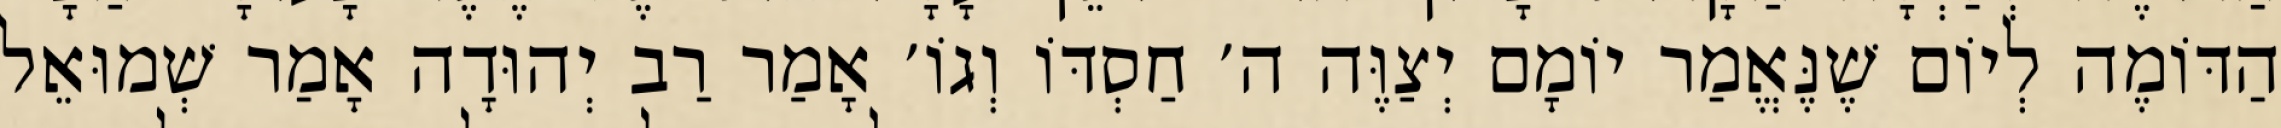
הַדּוֹמֶה לְיוֹם שֶׁנֶּאֱמַר יוֹמָם יְצַוֶּה ה׳ חַסְדּוֹ וְגוֹ׳ אָמַר רַב יְהוּדָה אָמַר שְׁמוּאֵל